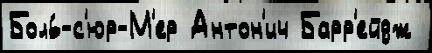
Боль́-с'юр-М'ер Антон'ич Барр'ейдж